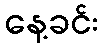
နေ့ခင်း